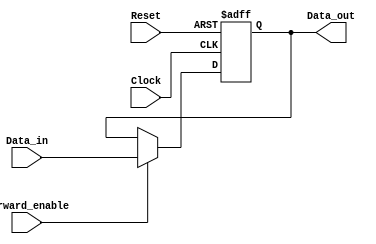
module ForwardingRegister (
    input wire [31:0] Data_in,      // Input data (32-bit)
    input wire Forward_enable,       // Control signal to enable forwarding
    input wire Clock,                // Clock signal
    input wire Reset,                // Asynchronous reset signal
    output reg [31:0] Data_out       // Output data (32-bit)
);

    // Asynchronous reset and sequential logic for storing data
    always @(posedge Clock or posedge Reset) begin
        if (Reset) begin
            Data_out <= 32'b0;       // Clear the register on reset
        end else if (Forward_enable) begin
            Data_out <= Data_in;     // Forward the input data
        end
        // If Forward_enable is not asserted, retain the previous value of Data_out
    end

endmodule